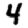
Digit: 4